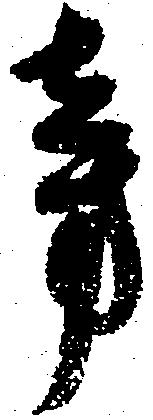
旁